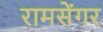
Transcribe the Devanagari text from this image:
रामसेंगर